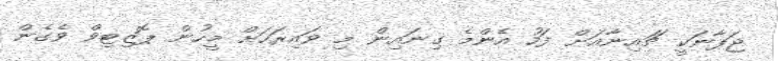
ޖަޕާނަކީ ޗައިނާއަށް ފަހު އެންމެ ގިނައިން މި ވައިރަހަށް މީހުން ޕޮޒިޓިވް ވެގެން